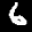
Label: 6